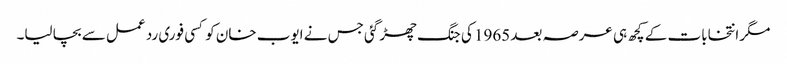
مگر انتخابات کے کچھ ہی عرصہ بعد 1965 کی جنگ چھڑ گئی جس نے ایوب خان کو کسی فوری رد عمل سے بچا لیا۔